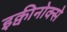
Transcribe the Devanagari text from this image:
इक्वीनोक्से